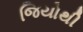
જિયોથી